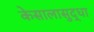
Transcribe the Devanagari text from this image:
केसालासुद्धा